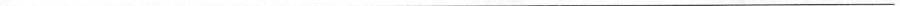
___